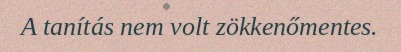
A tanítás nem volt zökkenőmentes.